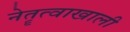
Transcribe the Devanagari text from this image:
नेतॄत्वाखाली